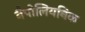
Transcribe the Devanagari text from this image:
नैपोलियनिक